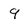
Character: 9